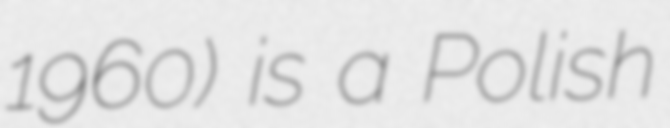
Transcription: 1960) is a Polish